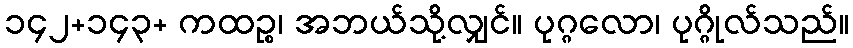
၁၄၂+၁၄၃+ ကထဉ္စ၊ အဘယ်သို့လျှင်။ ပုဂ္ဂလော၊ ပုဂ္ဂိုလ်သည်။